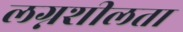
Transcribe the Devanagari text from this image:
लग्नशीलता